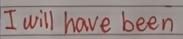
I will have been